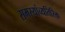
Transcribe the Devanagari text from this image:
समस्यांव्यतिरिक्त